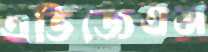
এভিজেএম